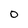
Character: 0